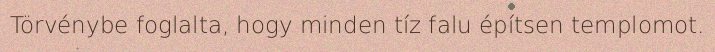
Törvénybe foglalta, hogy minden tíz falu építsen templomot.